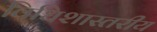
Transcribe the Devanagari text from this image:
विधिशास्तरीय